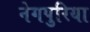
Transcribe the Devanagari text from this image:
नेगपुरिया